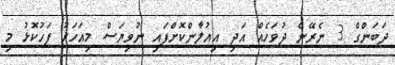
ދަބަންގް 3 ނެރޭނެ ދުވަހެއް އަދި އިއުލާންކޮށްފައި ނުވިޔަސް މިއަހަރު ފަހުކޮޅު މި